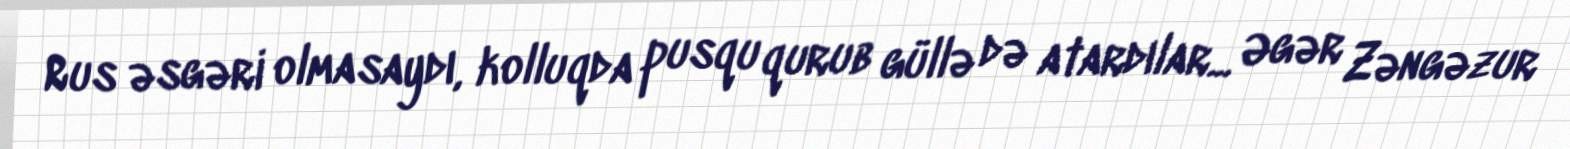
Rus əsgəri olmasaydı, kolluqda pusqu qurub güllə də atardılar... Əgər Zəngəzur